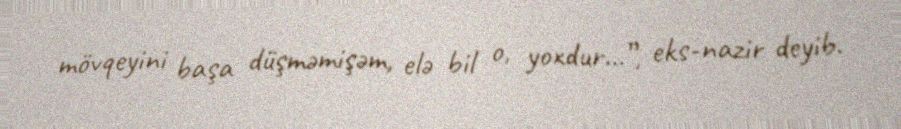
mövqeyini başa düşməmişəm, elə bil o, yoxdur...”, eks-nazir deyib.